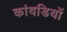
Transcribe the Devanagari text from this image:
कांवडियों